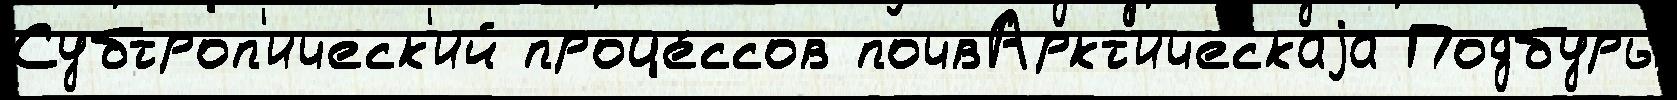
Субтроп'ическ'ий проце́ссов почвАркт'ическаjа Подбуры